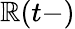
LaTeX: \mathbb{R}(t-)